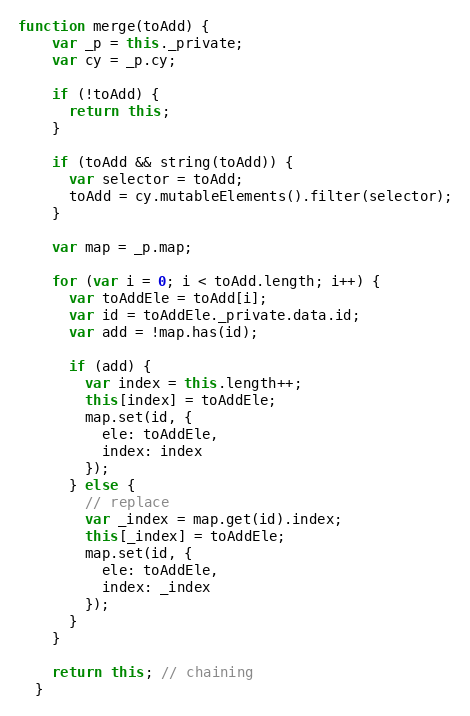
Language: JavaScript
function merge(toAdd) {
    var _p = this._private;
    var cy = _p.cy;

    if (!toAdd) {
      return this;
    }

    if (toAdd && string(toAdd)) {
      var selector = toAdd;
      toAdd = cy.mutableElements().filter(selector);
    }

    var map = _p.map;

    for (var i = 0; i < toAdd.length; i++) {
      var toAddEle = toAdd[i];
      var id = toAddEle._private.data.id;
      var add = !map.has(id);

      if (add) {
        var index = this.length++;
        this[index] = toAddEle;
        map.set(id, {
          ele: toAddEle,
          index: index
        });
      } else {
        // replace
        var _index = map.get(id).index;
        this[_index] = toAddEle;
        map.set(id, {
          ele: toAddEle,
          index: _index
        });
      }
    }

    return this; // chaining
  }